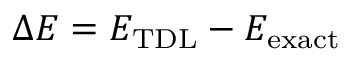
\Delta E = E _ { \mathrm { T D L } } - E _ { \mathrm { e x a c t } }